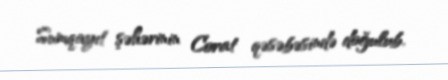
Sumqayıt şəhərinin Corat qəsəbəsində doğulub.